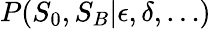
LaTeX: P(S_{0},S_{B}|\epsilon,\delta,\ldots)